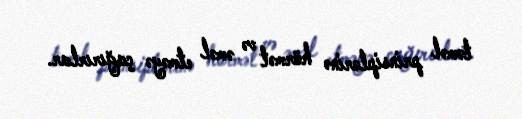
təməl prinsiplərinə hörmət və əməl etməyə çağırırlar.